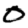
Digit: 0